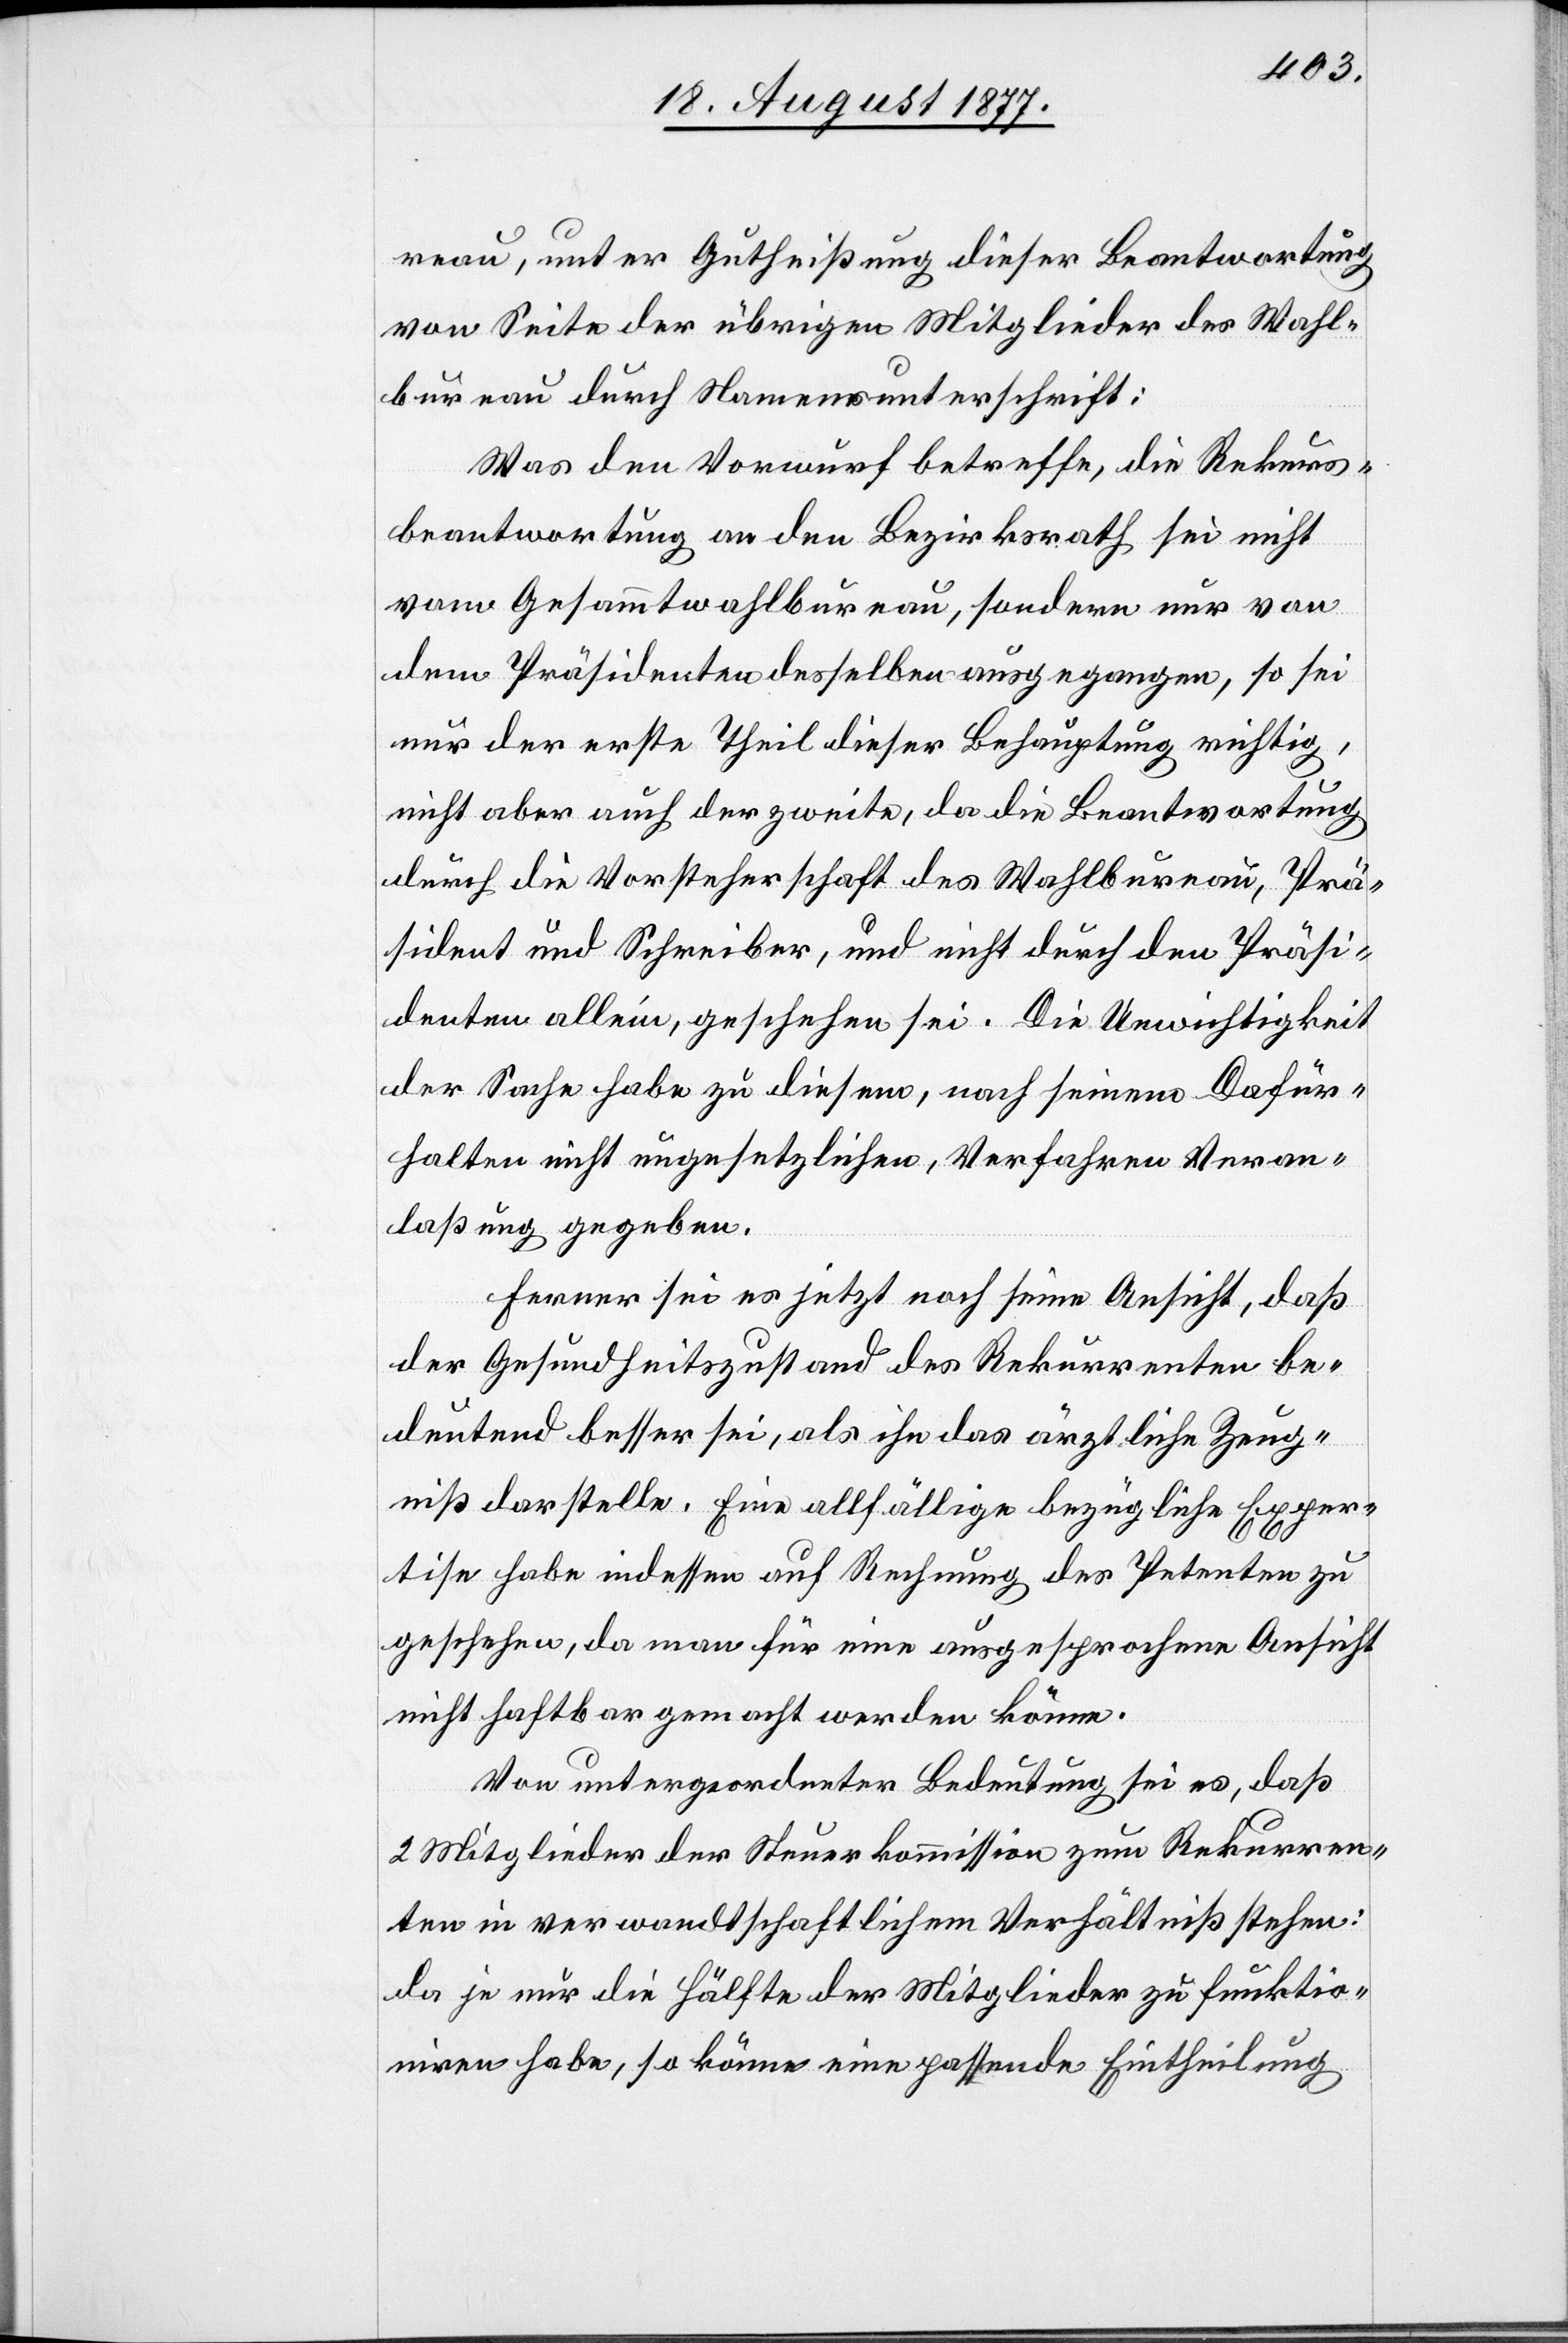
reau, unter Gutheißung dieser Beantwortung
von Seite der übrigen Mitglieder des Wahl¬
bureau durch Namensunterschrift:
Was den Vorwurf betreffe, die Rekurs¬
beantwortung an den Bezirksrath sei nicht
vom Gesammtwahlbureau, sondern nur von
dem Präsidenten desselben ausgegangen, so sei
nur der erste Theil dieser Behauptung richtig,
nicht aber auch der zweite, da die Beantwortung
durch die Vorsteherschaft des Wahlbureau, Prä¬
sident und Schreiber, und nicht durch den Präsi¬
denten allein, geschehen sei. Die Unwichtigkeit
der Sache habe zu diesem, nach seinem Dafür¬
halten nicht ungesetzlichen, Verfahren Veran¬
laßung gegeben.
Ferner sei es jetzt noch seine Ansicht, daß
der Gesundheitszustand des Rekurrenten be¬
deutend besser sei, als ihn das ärztliche Zeug¬
niß darstelle. Eine allfällige bezügliche Exper¬
tise habe indessen auf Rechnung des Petenten zu
geschehen, da man für eine ausgesprochene Ansicht
nicht haftbar gemacht werden könne.
Von untergeordneter Bedeutung sei es, daß
2 Mitglieder der Steuerkommission zum Rekurren¬
ten in verwandtschaftlichem Verhältniß stehen:
da je nur die Hälfte der Mitglieder zu funktio¬
niren habe, so könne eine passende Eintheilung